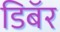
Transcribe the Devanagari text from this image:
डिबॅर